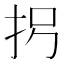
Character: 𪭦